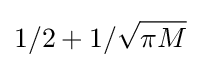
1/2+1/{\sqrt {\pi M}}